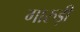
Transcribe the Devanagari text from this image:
गारुड़ी